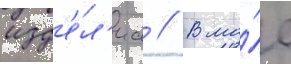
изд'е́л'иа // В ма́е